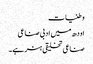
وطنیات
اودھ میں ادبی صناعی
صناعی تخلیقی ہنر ہے۔